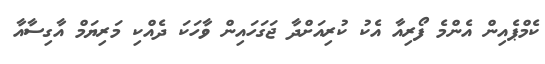
ކެމްޕެއިން އެންމެ ފޯރިއާ އެކު ކުރިއަށްދާ ޖަގަހައިން ވާހަކަ ދެއްކި މަރިޔަމް އާގިސާއާ